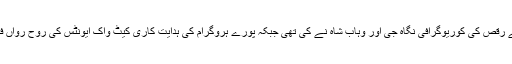
تقریب میں پیش کیے گئے رقص کی کوریوگرافی نگاہ جی اور وہاب شاہ نے کی تھی جبکہ پورے ہروگرام کی ہدایت کاری کیٹ واک ایونٹس کی روح رواں فریحہ الطاف نے دی تھیں۔